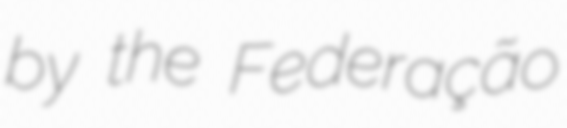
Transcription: by the Federação